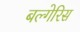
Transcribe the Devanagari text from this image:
बल्गेरिस